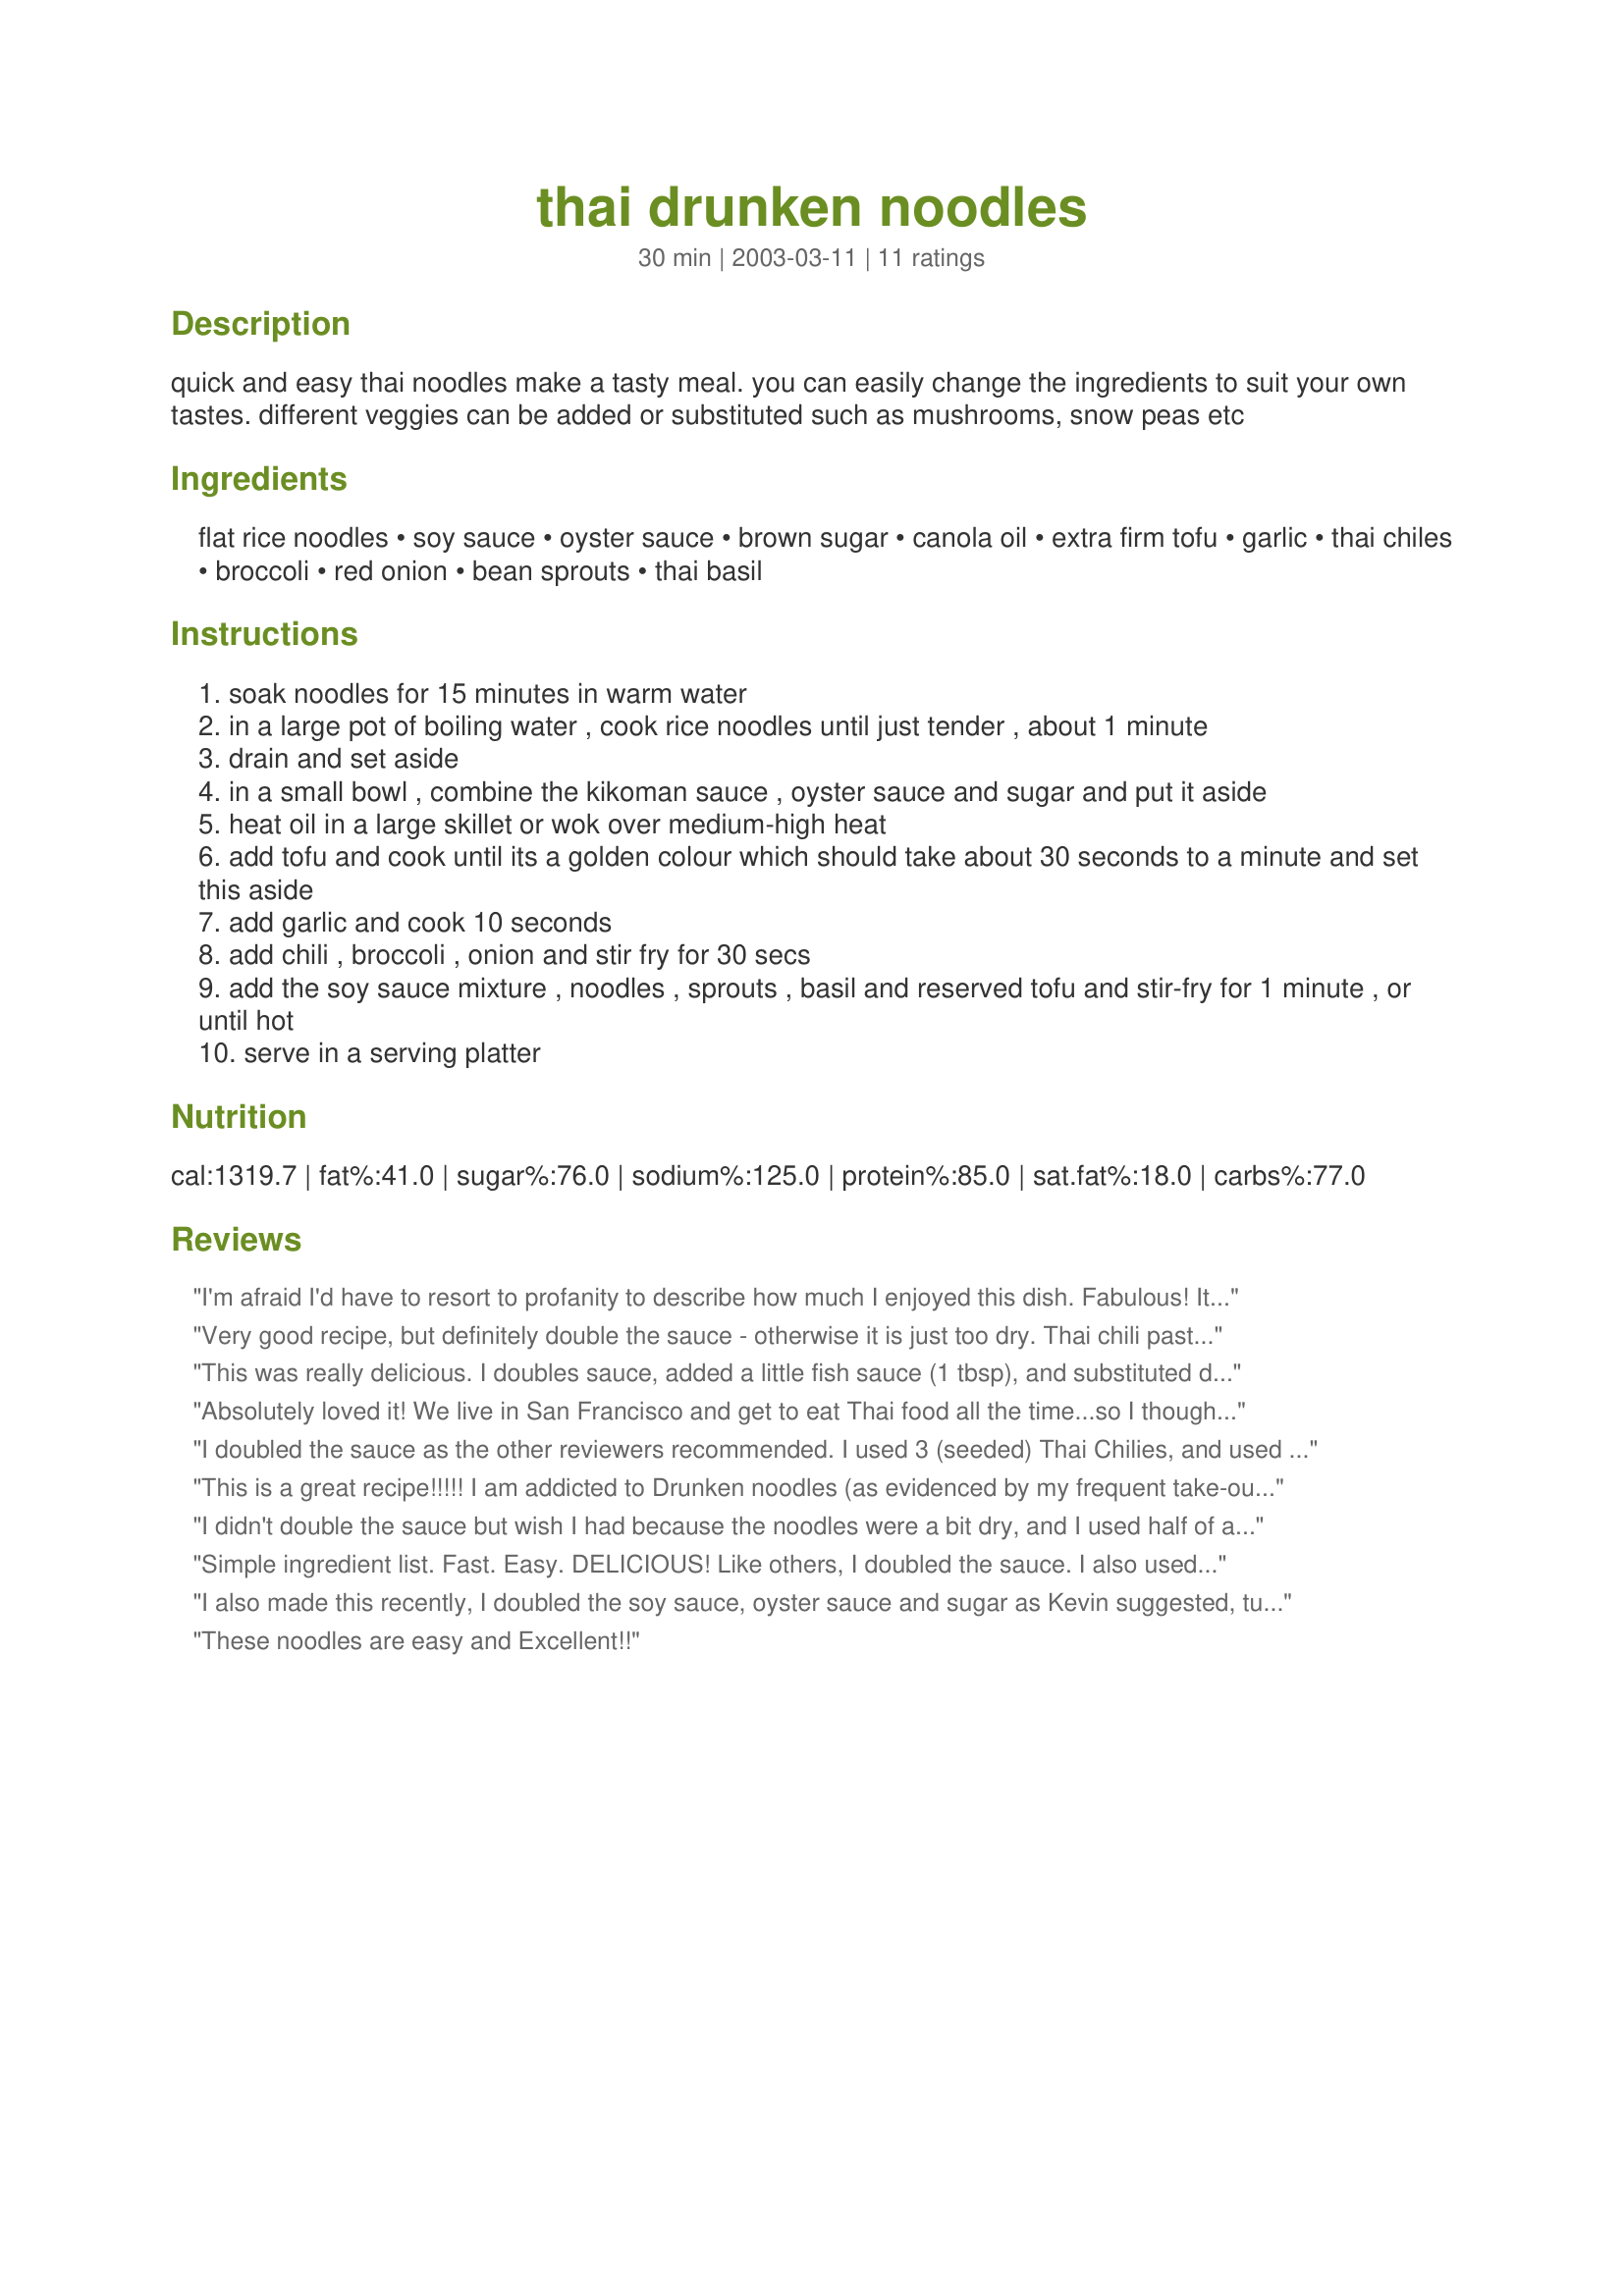
thai drunken noodles
Preparation time: 30 minutes

quick and easy thai noodles make a tasty meal. you can easily change the ingredients to suit your own tastes. different veggies can be added or substituted such as mushrooms, snow peas etc

Ingredients:
flat rice noodles, soy sauce, oyster sauce, brown sugar, canola oil, extra firm tofu, garlic, thai chiles, broccoli, red onion, bean sprouts, thai basil

Steps:
soak noodles for 15 minutes in warm water
in a large pot of boiling water , cook rice noodles until just tender , about 1 minute
drain and set aside
in a small bowl , combine the kikoman sauce , oyster sauce and sugar and put it aside
heat oil in a large skillet or wok over medium-high heat
add tofu and cook until its a golden colour which should take about 30 seconds to a minute and set this aside
add garlic and cook 10 seconds
add chili , broccoli , onion and stir fry for 30 secs
add the soy sauce mixture , noodles , sprouts , basil and reserved tofu and stir-fry for 1 minute , or until hot
serve in a serving platter

Reviews:
I'm afraid I'd have to resort to profanity to describe how much I enjoyed this dish. Fabulous! It was very easy to prepare. The only thing I did different was cooking about 5 minutes extra after adding the chili, broccoli, and onion (That is just a personal thing as I like broccoli very tender when cooked), and also doubling the soy sauce, oyster sauce, and brown sugar. Other than that I followed the directions to the letter and it came out absolutely fabulous. Thank you very much, I will be making this again and it will most likely be a larger batch. :)
Very good recipe, but definitely double the sauce - otherwise it is just too dry. Thai chili paste also works instead of fresh thai chilis if they are not readily available.
This was really delicious. I doubles sauce, added a little fish sauce (1 tbsp), and substituted dried red pepper for the chiles. I know that's not authentic but it's all I had on hand, and it is DELICIOUS. The key to this is the basil, get Thai basil, and real chiles would make this even better.
Absolutely loved it! We live in San Francisco and get to eat Thai food all the time...so I thought this may not be very authentic tasting but it was very tasty! I tripled the sauces, doubled the sugar, added a poblano pepper, and some sweet basis paste and it was Delicious!
I doubled the sauce as the other reviewers recommended. I used 3 (seeded) Thai Chilies, and used baby bok choy instead of the broccoli and added some mushrooms. I really enjoyed this dish and it was simple to prepare. My husband is taking leftovers for lunch tomorrow and he said that he would like to have it again. Thanks for sharing this recipe!
This is a great recipe!!!!! I am addicted to Drunken noodles (as evidenced by my frequent take-out from a local thai eatery) and could easily eat it every night. I, too, doubled the sauce recipe. I used frozen shrimp and added it at the end of the recipe. Thank you so very much.
I didn't double the sauce but wish I had because the noodles were a bit dry, and I used half of a 16 ounce package. This was good, I used baby bok choy, some broccoli, baby bella mushrooms, and bean sprouts and regular basil. I think the tofu might have been better tasting if it had been marinated or dusted with something to make it crispy when fried. This was good for a meal but wouldn't be good as leftovers.
Simple ingredient list. Fast. Easy. DELICIOUS! Like others, I doubled the sauce. I also used chicken instead of tofu, and used fettucine instead of rice noodles. Took the suggestion to use crushed red pepper flakes when I couldn't find thai chiles. Great recipe that will be in the rotation.
I also made this recently, I doubled the soy sauce, oyster sauce and sugar as Kevin suggested, turned out perfectly. In fact my wife says this one of the best thai dishes i have made in some time. I also added fresh seeded tomotoes, highly recommended!
These noodles are easy and Excellent!!
This was great! I followed what someone else said and doubled the sauce, and the flavor was excellent. :) The only change I made was to use the regular (thin, spaghetti-like) rice noodles, because I couldn't find the wide ones (we live out in the sticks, lol). I will definitely make this again, but I'll order the wide noodles if I have to! That would have made it even saucier and better, but it was my fault I didn't have them. Thanks for a great recipe!
